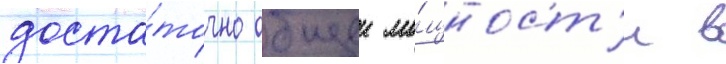
доста́точно общеи мо́щност'и в